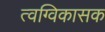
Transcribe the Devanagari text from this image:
त्वग्विकासक